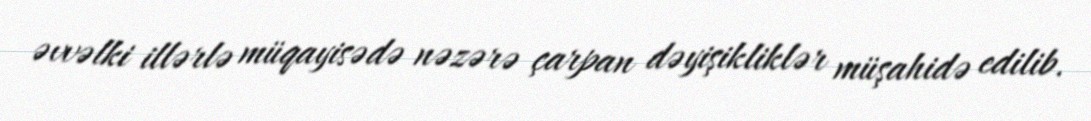
əvvəlki illərlə müqayisədə nəzərə çarpan dəyişikliklər müşahidə edilib.